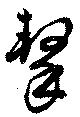
撃